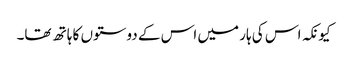
کیونکہ اس کی ہار میں اس کے دوستوں کا ہاتھ تھا۔